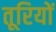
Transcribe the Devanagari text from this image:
तूरियों